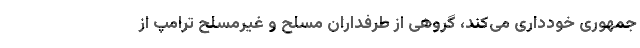
جمهوری خودداری می‌کند، گروهی از طرفداران مسلح و غیرمسلح ترامپ از